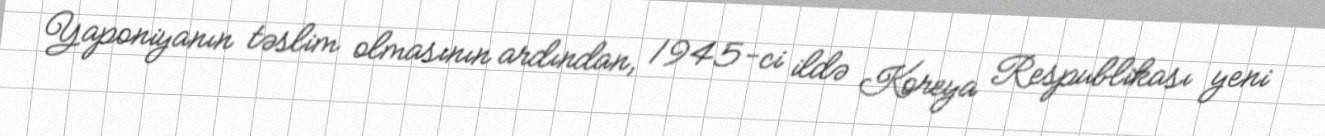
Yaponiyanın təslim olmasının ardından, 1945-ci ildə Koreya Respublikası yeni